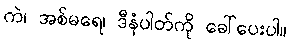
ကဲ၊ အစ်မရေ၊ ဒီနံပါတ်ကို ခေါ်ပေးပါ။